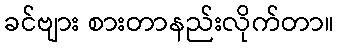
ခင်ဗျား စားတာနည်းလိုက်တာ။